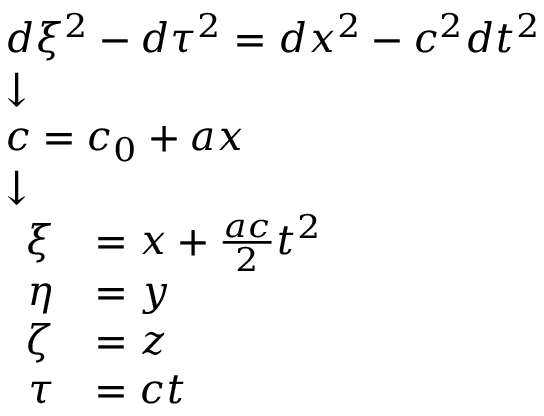
{ \scriptstyle { \begin{array} { l } { d \xi ^ { 2 } - d \tau ^ { 2 } = d x ^ { 2 } - c ^ { 2 } d t ^ { 2 } } \\ { { \boldsymbol { \downarrow } } } \\ { c = c _ { 0 } + a x } \\ { { \boldsymbol { \downarrow } } } \\ { { \begin{array} { r l } { \xi } & { = x + { \frac { a c } { 2 } } t ^ { 2 } } \\ { \eta } & { = y } \\ { \zeta } & { = z } \\ { \tau } & { = c t } \end{array} } } \end{array} } }